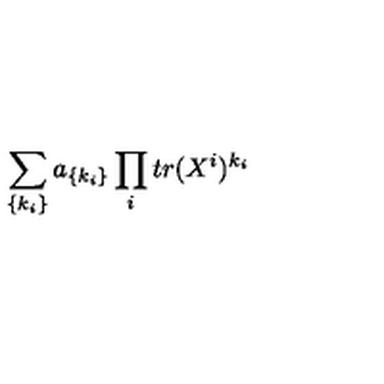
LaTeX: \sum _ { \{ k _ { i } \} } a _ { \{ k _ { i } \} } \prod _ { i } t r ( X ^ { i } ) ^ { k _ { i } }